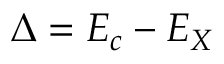
\Delta = E _ { c } - E _ { X }